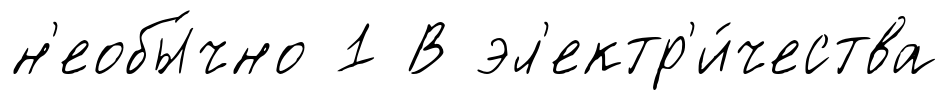
н'еобы́чно 1 В эл'ектр'и́чества